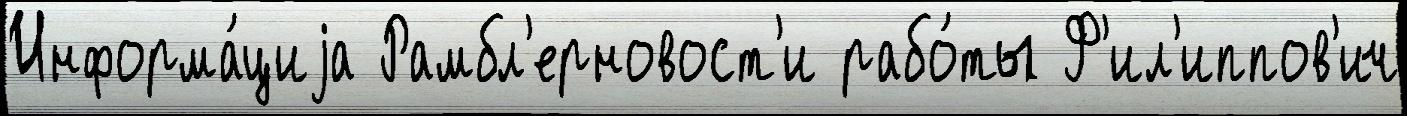
Информа́циjа Рамбл'ерновост'и рабо́ты Ф'ил'иппов'ич